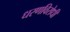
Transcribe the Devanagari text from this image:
धरणविरोधी